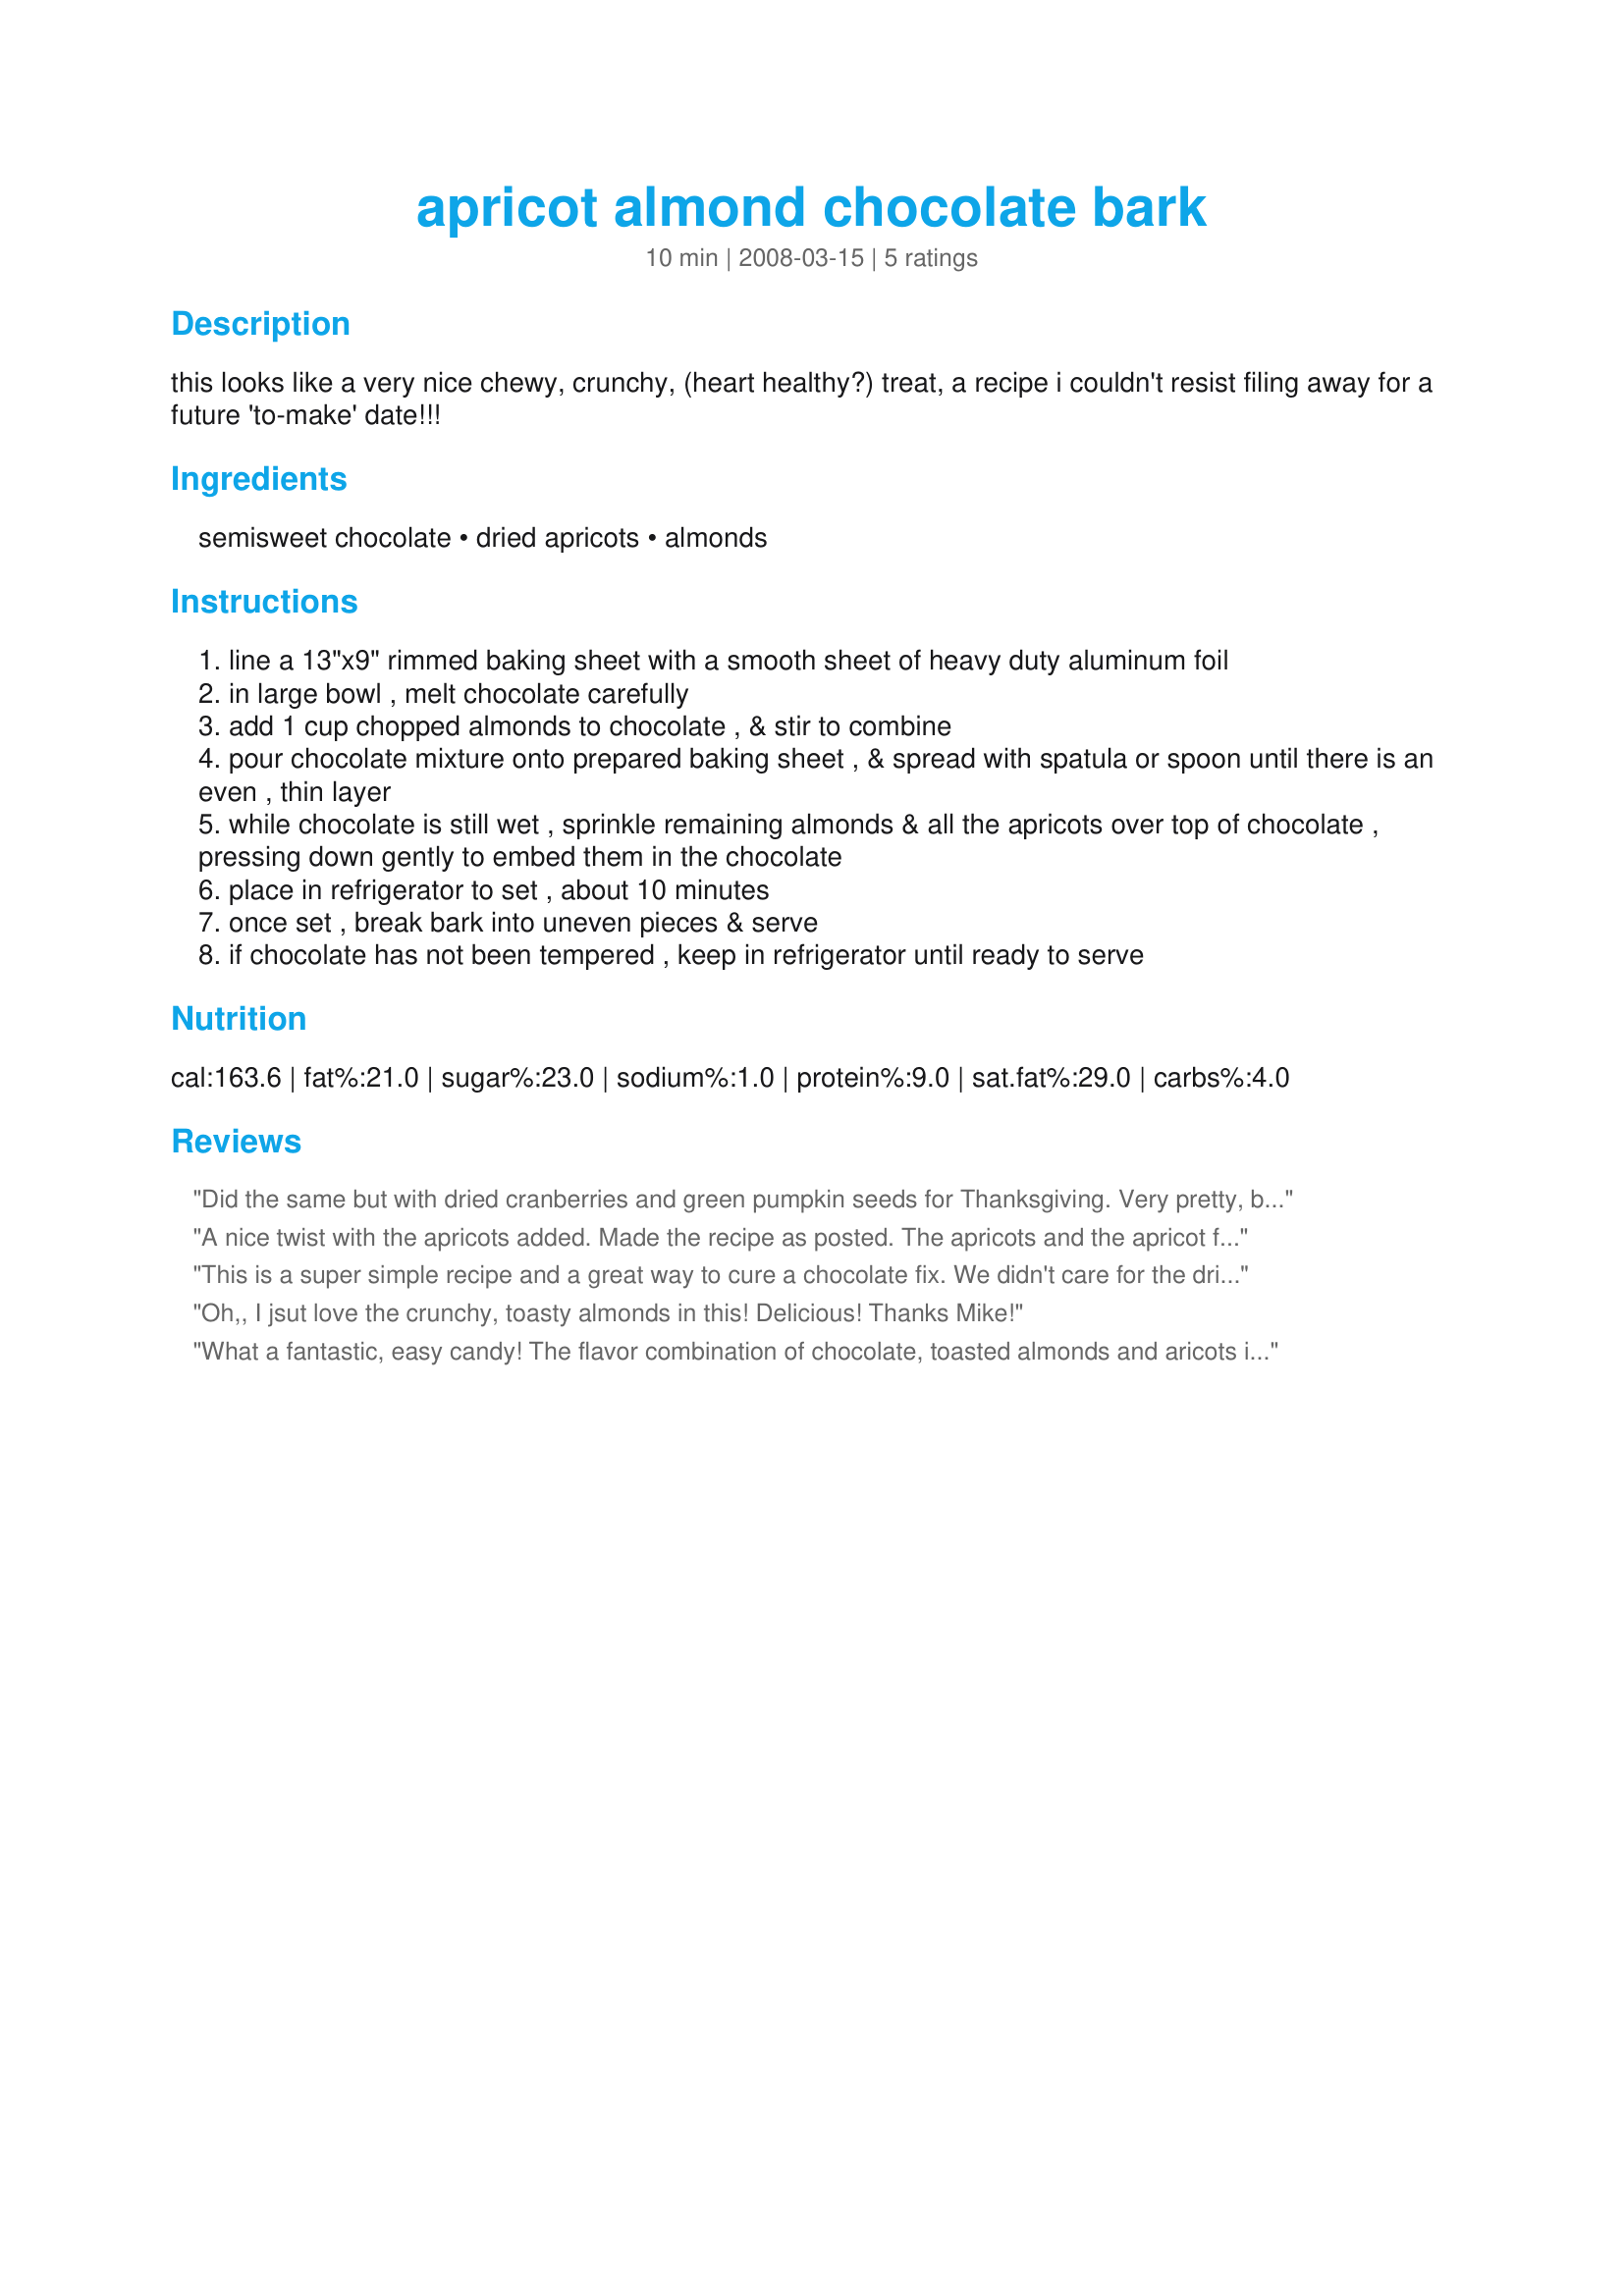
apricot almond chocolate bark
Preparation time: 10 minutes

this looks like a very nice chewy, crunchy, (heart healthy?) treat, a recipe i couldn't resist filing away for a future 'to-make' date!!!

Ingredients:
semisweet chocolate, dried apricots, almonds

Steps:
line a 13"x9" rimmed baking sheet with a smooth sheet of heavy duty aluminum foil
in large bowl , melt chocolate carefully
add 1 cup chopped almonds to chocolate , & stir to combine
pour chocolate mixture onto prepared baking sheet , & spread with spatula or spoon until there is an even , thin layer
while chocolate is still wet , sprinkle remaining almonds & all the apricots over top of chocolate , pressing down gently to embed them in the chocolate
place in refrigerator to set , about 10 minutes
once set , break bark into uneven pieces & serve
if chocolate has not been tempered , keep in refrigerator until ready to serve

Reviews:
Did the same but with dried cranberries and green pumpkin seeds for Thanksgiving. Very pretty, basic recipe that would work with any combo.
A nice twist with the apricots added. Made the recipe as posted. The apricots and the apricot flavor was definately a nice treat. Kids enjoyed it too. Will definately make again. Made for PRMR tag.
This is a super simple recipe and a great way to cure a chocolate fix. We didn't care for the dried apricots though. Next time we'll just make it with the almonds. Thanks for sharing the recipe. :)
Oh,, I jsut love the crunchy, toasty almonds in this! Delicious! Thanks Mike!
What a fantastic, easy candy! The flavor combination of chocolate, toasted almonds and aricots is lovely as well as the crunchy texture. Thank you for a delicious treat!
